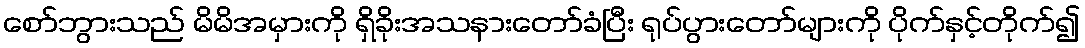
စော်ဘွားသည် မိမိအမှားကို ရှိခိုးအသနားတော်ခံပြီး ရုပ်ပွားတော်များကို ပိုက်နှင့်တိုက်၍